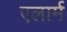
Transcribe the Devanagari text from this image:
एलार्म